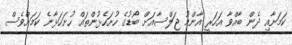
ކަމަށާއި ދެން ބާއްވާ އަހަރީ އާންމު ޖަލްސާއަށް ބޯޑުގެ ހުށަހެޅުންތައް ހުށަހަޅާނެ ކަމަށްވެސް